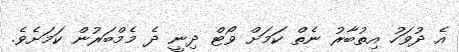
އެ ދުވަހު އިތުބާރު ނެތް ކަމަށް ވޯޓް ދިނީ ދެ މެމްބަރުން ކަމަށެވެ.